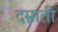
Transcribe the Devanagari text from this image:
दम्नाती